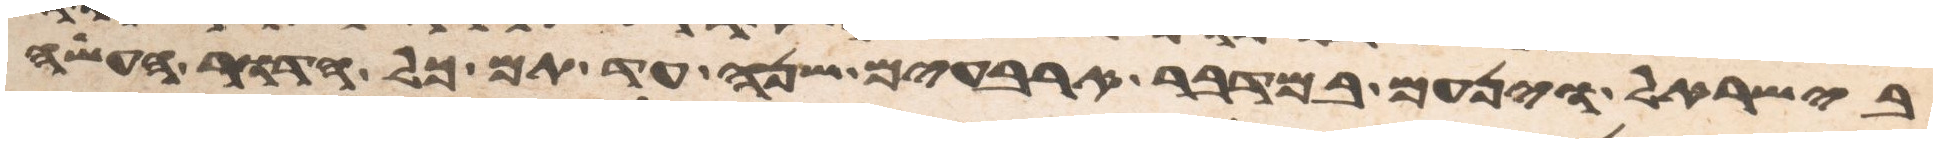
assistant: בישראל וינעם במדבר ארבעים שנה עד תם כל הדור העשה